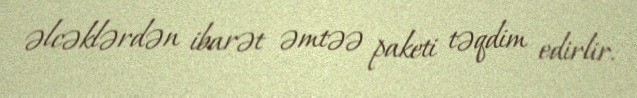
əlcəklərdən ibarət əmtəə paketi təqdim edirlir.